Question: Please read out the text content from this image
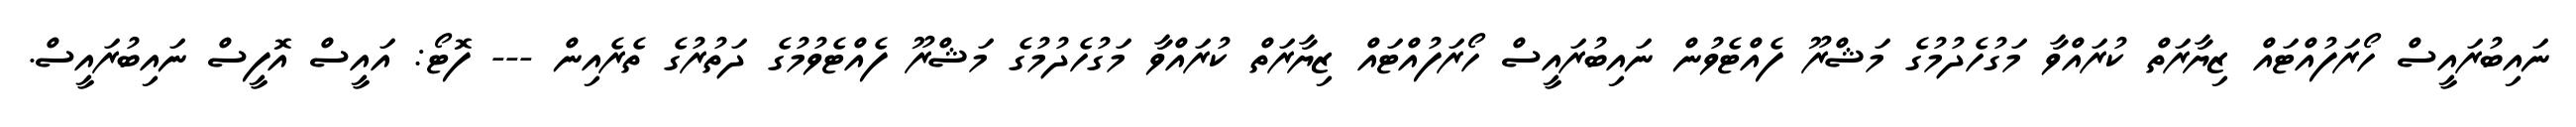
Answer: ނައިބުރައީސް ހޯރަފުއްޓައް ޒިޔާރަތް ކުރައްވާ މަގުހެދުމުގެ މަޝްރޫ ފެއްޓެވުން ނައިބުރައީސް ހޯރަފުއްޓައް ޒިޔާރަތް ކުރައްވާ މަގުހެދުމުގެ މަޝްރޫ ފެއްޓެވުމުގެ ދަތުރުގެ ތެރެއިން --- ފޮޓޯ: އައީސް އޮފީސް ނައިބުރައީސް.